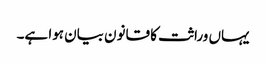
یہاں وراثت کا قانون بیان ہوا ہے۔